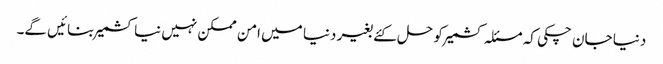
دنیا جان چکی کہ مسئلہ کشمیر کو حل کئے بغیر دنیا میں امن ممکن نہیں نیا کشمیر بنائیں گے۔